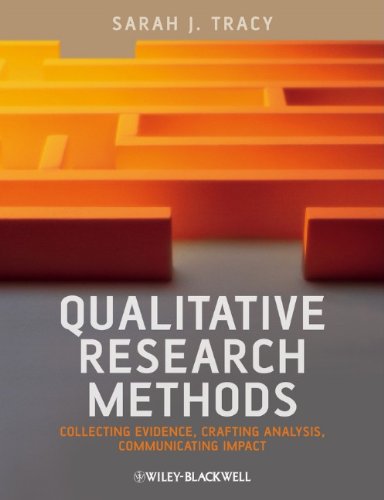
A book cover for Qualitative Research Methods: Collecting Evidence, Crafting Analysis, Communicating Impact; Sarah J. Tracy; Science & Math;